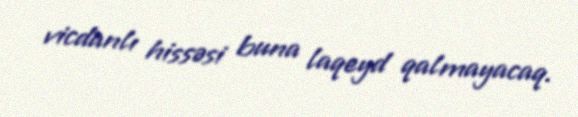
vicdanlı hissəsi buna laqeyd qalmayacaq.